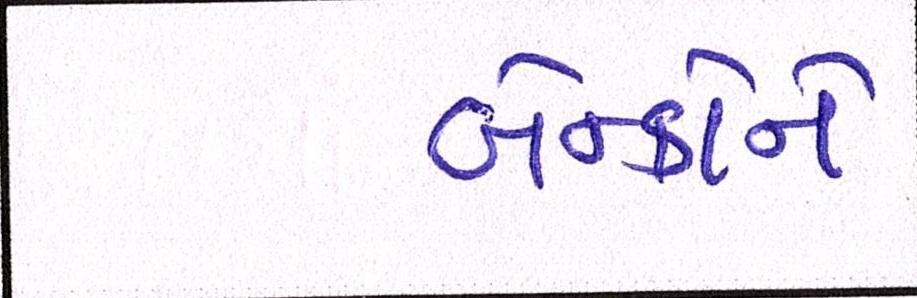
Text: બેન્કોને